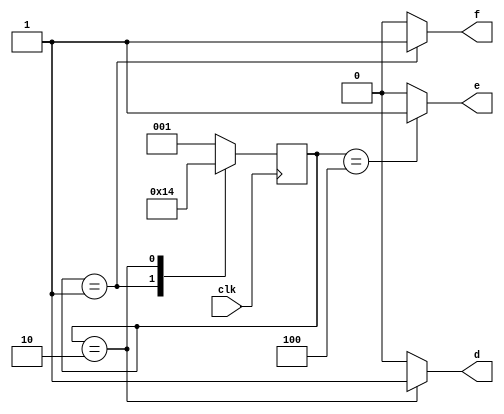
module controlUnit(
    input clk,
    output reg f,
    output reg d,
    output reg e
);
    reg [2:0] controlUnit;
    always @(posedge clk)
    begin
        case (controlUnit)
            3'b001: controlUnit <= 3'b010;
            3'b010: controlUnit <= 3'b100;
            3'b100: controlUnit <= 3'b001;
            default: controlUnit <= 3'b001; 
        endcase
    end

    always @(*)
    begin
        case (controlUnit)
        3'b001: begin
            f <= 1'b1;
            d <= 1'b0;
            e <= 1'b0;
        end
        3'b010: begin
            f <= 1'b0;
            d <= 1'b1;
            e <= 1'b0;
        end
        3'b100: begin
            f <= 1'b0;
            d <= 1'b0;
            e <= 1'b1;
        end
        default: begin
            f <= 1'b0;
            d <= 1'b0;
            e <= 1'b0;
        end
    endcase
    end
endmodule